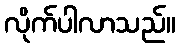
လိုက်ပါလာသည်။